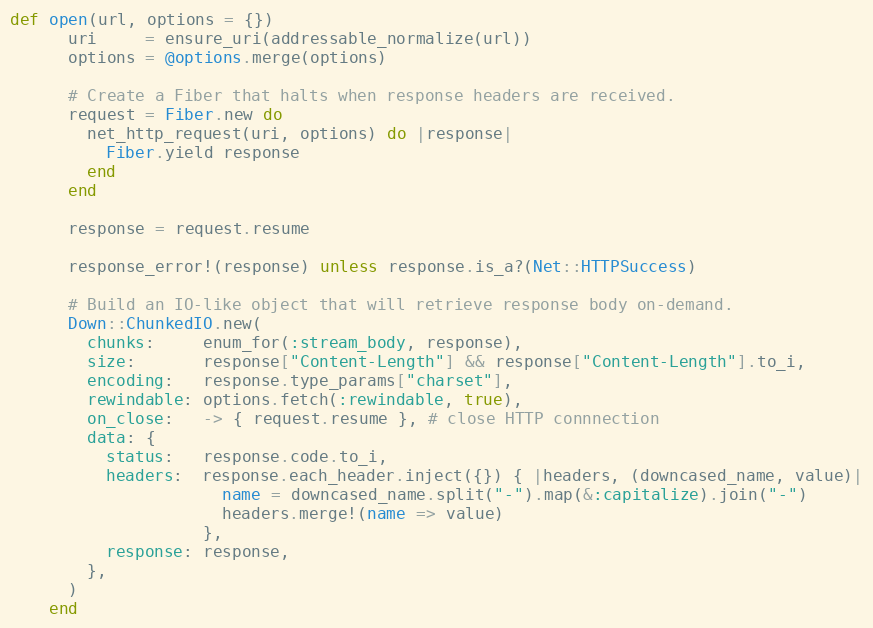
Language: Ruby
def open(url, options = {})
      uri     = ensure_uri(addressable_normalize(url))
      options = @options.merge(options)

      # Create a Fiber that halts when response headers are received.
      request = Fiber.new do
        net_http_request(uri, options) do |response|
          Fiber.yield response
        end
      end

      response = request.resume

      response_error!(response) unless response.is_a?(Net::HTTPSuccess)

      # Build an IO-like object that will retrieve response body on-demand.
      Down::ChunkedIO.new(
        chunks:     enum_for(:stream_body, response),
        size:       response["Content-Length"] && response["Content-Length"].to_i,
        encoding:   response.type_params["charset"],
        rewindable: options.fetch(:rewindable, true),
        on_close:   -> { request.resume }, # close HTTP connnection
        data: {
          status:   response.code.to_i,
          headers:  response.each_header.inject({}) { |headers, (downcased_name, value)|
                      name = downcased_name.split("-").map(&:capitalize).join("-")
                      headers.merge!(name => value)
                    },
          response: response,
        },
      )
    end